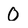
Character: 0